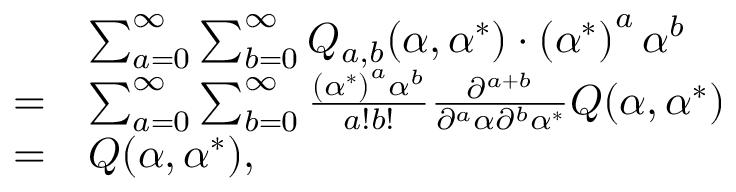
\begin{array} { r l } & { \sum _ { a = 0 } ^ { \infty } \sum _ { b = 0 } ^ { \infty } Q _ { a , b } ( \alpha , \alpha ^ { * } ) \cdot \left( { \alpha ^ { * } } \right) ^ { a } \alpha ^ { b } } \\ { = } & { \sum _ { a = 0 } ^ { \infty } \sum _ { b = 0 } ^ { \infty } \frac { \left( { \alpha ^ { * } } \right) ^ { a } \alpha ^ { b } } { a ! b ! } \frac { \partial ^ { a + b } } { \partial ^ { a } \alpha \partial ^ { b } \alpha ^ { * } } Q ( \alpha , \alpha ^ { * } ) } \\ { = } & { Q ( \alpha , \alpha ^ { * } ) , } \end{array}